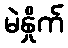
မဲနှိုက်